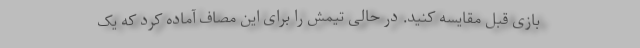
بازی قبل مقایسه کنید. در حالی تیمش را برای این مصاف آماده کرد که یک